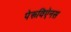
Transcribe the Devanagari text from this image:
पेरूविऐनस